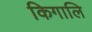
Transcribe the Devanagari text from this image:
किगालि